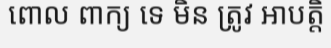
ពោល ពាក្យ ទេ មិន ត្រូវ អាបត្តិ